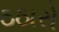
ઠઠારો